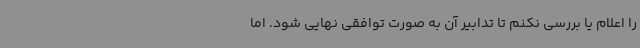
را اعلام یا بررسی نکنم تا تدابیر آن به صورت توافقی نهایی شود. اما